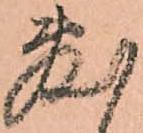
敷